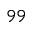
^ { 9 9 }